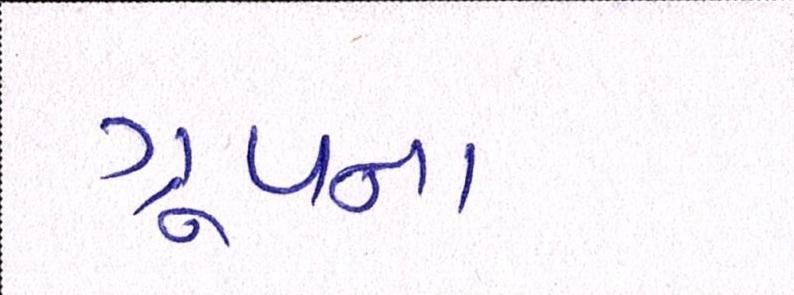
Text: ગ્રૂપના